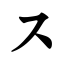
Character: ス